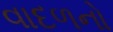
વાદળનો